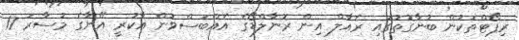
ރިޕޯޓްތަކުން ބުނާގޮތުގައި ރެއާލް އިން ރޮނާލްޑޯގެ އެއްބަސްވުން އާކުރީ އޭނާގެ މުސާރަ 17